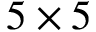
5 \times 5